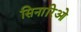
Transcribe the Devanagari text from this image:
सिनारिओ